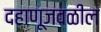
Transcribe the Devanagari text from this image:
दहाणूजवळील